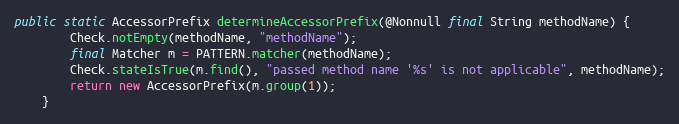
Language: Java
public static AccessorPrefix determineAccessorPrefix(@Nonnull final String methodName) {
		Check.notEmpty(methodName, "methodName");
		final Matcher m = PATTERN.matcher(methodName);
		Check.stateIsTrue(m.find(), "passed method name '%s' is not applicable", methodName);
		return new AccessorPrefix(m.group(1));
	}